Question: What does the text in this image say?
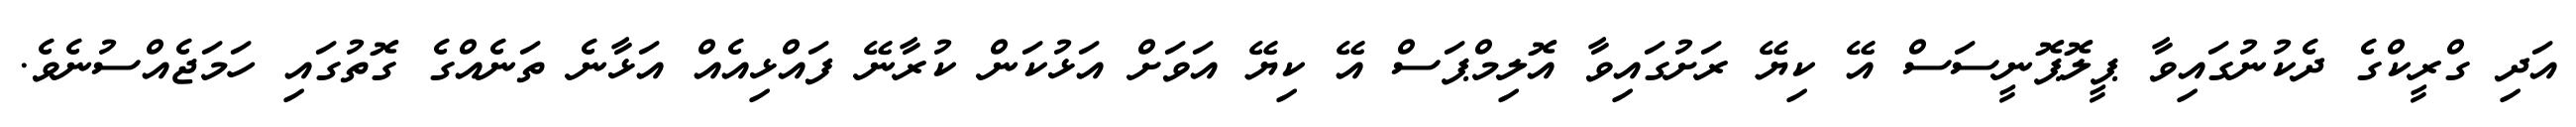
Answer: އަދި ގްރީކްގެ ދެކުނުގައިވާ ޕީލޮޕޮނީސަސް އޭ ކިޔޭ ރަށުގައިވާ އޮލިމްޕަސް އޭ ކިޔޭ އަވަށް އަޅުކަން ކުރާނޭ ފައްޅިއެއް އަޅާނެ ތަނެއްގެ ގޮތުގައި ހަމަޖެއްސުނެވެ.